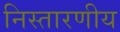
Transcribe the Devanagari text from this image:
निस्तारणीय